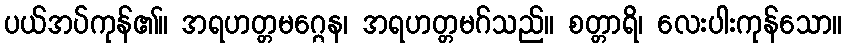
ပယ်အပ်ကုန်၏။ အရဟတ္တမဂ္ဂေန၊ အရဟတ္တမဂ်သည်။ စတ္တာရိ၊ လေးပါးကုန်သော။